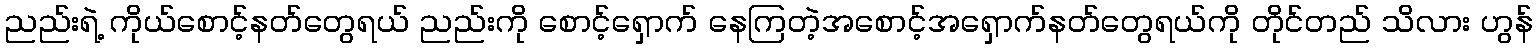
ညည်းရဲ့ ကိုယ်စောင့်နတ်တွေရယ် ညည်းကို စောင့်ရှောက် နေကြတဲ့အစောင့်အရှောက်နတ်တွေရယ်ကို တိုင်တည် သိလား ဟွန်